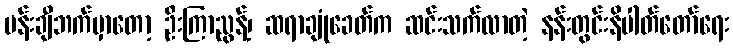
ပန်းချီဘက်မှာတော့ ဦးကြာညွန့်၊ ဆရာချုံခေတ်က ဆင်းသက်လာတဲ့ နန်းတွင်းနိပါတ်တော်ရေး